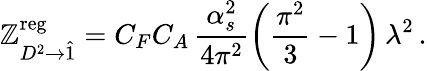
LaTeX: \mathbb{Z}_{D^{2}\to\hat{{1}}}^{\mathrm{{reg}}}=C_{F}C_{A}\, \frac{{\alpha_{s}^{2}}}{{4\pi^{2}}}\bigg(\frac{{\pi^{2}}}{{3}}-1\bigg)\, \lambda^{2}\, .